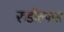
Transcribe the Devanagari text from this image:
रुडॉल्फस